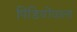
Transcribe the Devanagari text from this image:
पिंडियोंवाला